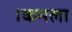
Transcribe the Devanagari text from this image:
।कमला